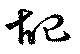
起